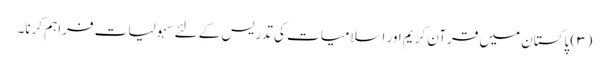
(۳) پاکستان میں قرآن کریم اور اسلامیات کی تدریس کے لئے سہولیات فراہم کرنا۔